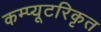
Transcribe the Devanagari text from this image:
कम्प्यूटरिकृत